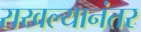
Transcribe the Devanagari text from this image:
राखल्यानंतर